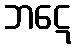
ဘဋေ